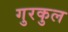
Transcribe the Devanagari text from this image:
गुरकुल